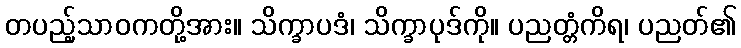
တပည့်သာဝကတို့အား။ သိက္ခာပဒံ၊ သိက္ခာပုဒ်ကို။ ပညတ္တံကိရ၊ ပညတ်၏